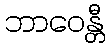
ဘာဝေန္တီ